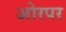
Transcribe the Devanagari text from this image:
ओरपर